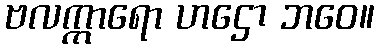
ဗလက္ကာရော ဟဌော ဘဝေ။